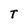
Character: T